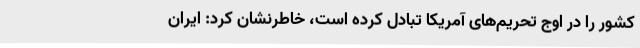
کشور را در اوج تحریم‌های آمریکا تبادل کرده است، خاطرنشان کرد: ایران